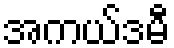
အကယ်ဒမီ